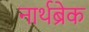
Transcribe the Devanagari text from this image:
नार्थब्रेक